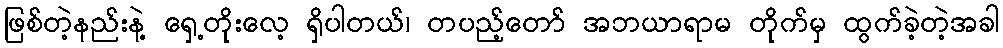
ဖြစ်တဲ့နည်းနဲ့ ရှေ့တိုးလေ့ ရှိပါတယ်၊ တပည့်တော် အဘယာရာမ တိုက်မှ ထွက်ခဲ့တဲ့အခါ